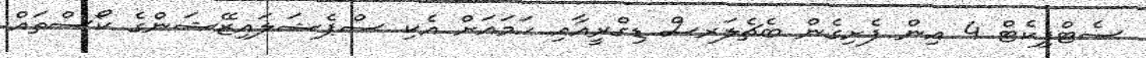
ސެޓްފިކެޓް 4 އިން ފެށިގެން ބެޗެލަރސް ޑިގްރީއާއި ހަމައަށް އެކި ސްޕެޝަލައިޒޭޝަންގެ ކޯސްތައް